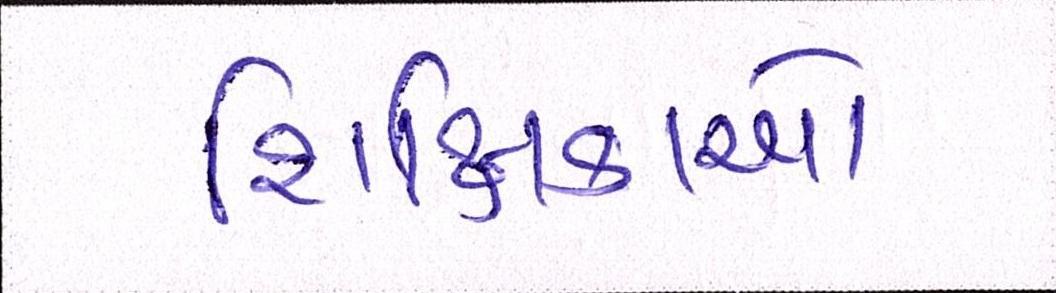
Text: શિક્ષિકાએ